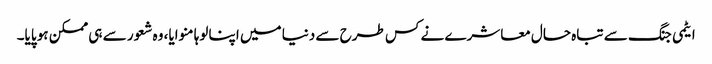
ایٹمی جنگ سے تباہ حال معاشرے نے کس طرح سے دنیا میں اپنا لوہا منوایا، وہ شعور سے ہی ممکن ہو پایا۔